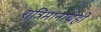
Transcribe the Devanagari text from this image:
रात्रिमानाचेही